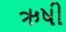
ઋષી